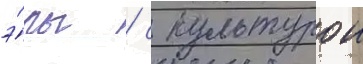
э́ры / с культурои